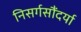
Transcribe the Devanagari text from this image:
निसर्गसौंदर्या